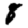
Digit: 8